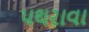
પથરાવા